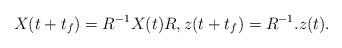
LaTeX: \begin{align*}X(t+t_f) = R^{-1} X(t) R,z(t+t_f) = R^{-1}.z(t).\end{align*}